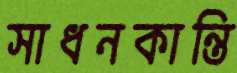
সাধনকান্তি